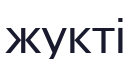
жукті